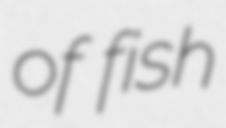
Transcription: of fish